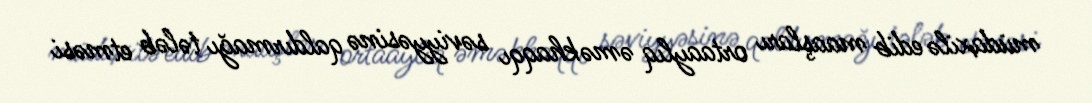
müdaxilə edib maaşları ortaaylıq əməkhaqqı səviyyəsinə qaldırmağı tələb etməsi